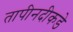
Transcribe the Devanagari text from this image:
तापीनदीकडे